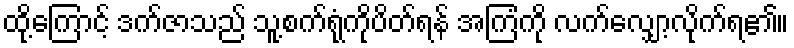
ထို့ကြောင့် ဒက်ဇာသည် သူ့စက်ရုံကိုပိတ်ရန် အကြံကို လက်လျှော့လိုက်ရ၏။